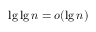
\lg \lg n = o ( \lg n )